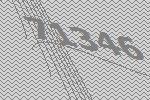
71346